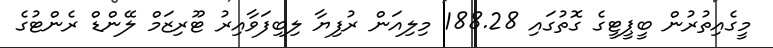
މީގެއިތުރުން ބީޕީޓީގެ ގޮތުގައި 188.28 މިލިއަން ރުފިޔާ ލިބިފަވާއިރު ޓޫރިޒަމް ލޭންޑް ރެންޓުގެ